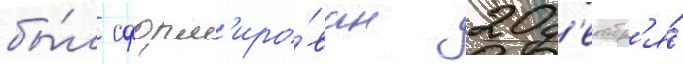
бы́л сформ'иро́ван 20 д'екабр'я́